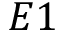
E 1